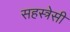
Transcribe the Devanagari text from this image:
सहस्त्रेसी